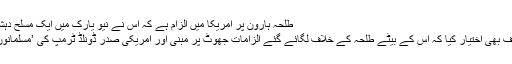
طلحہ ہارون پر امریکا میں الزام ہے کہ اس نے نیو یارک میں ایک مسلح دہشت گردانہ حملے کی منصوبہ بندی کی تھی
اس درخواست میں ملزم کے والد نے یہ موقف بھی اختیار کیا کہ اس کے بیٹے طلحہ کے خلاف لگائے گئے الزامات جھوٹ پر مبنی اور امریکی صدر ڈونلڈ ٹرمپ کی ’مسلمانوں کے خلاف متعصبانہ پالیسی‘ کا نتیجہ ہیں۔